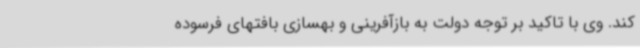
کند.‌ وی با تاکید بر توجه دولت به بازآفرینی و بهسازی بافتهای فرسوده